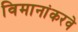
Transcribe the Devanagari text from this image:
विमानांकरवे